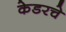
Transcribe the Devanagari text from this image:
केडरचे